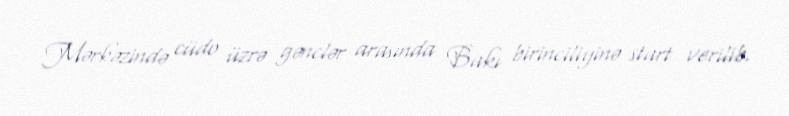
Mərkəzində cüdo üzrə gənclər arasında Bakı birinciliyinə start verilib.